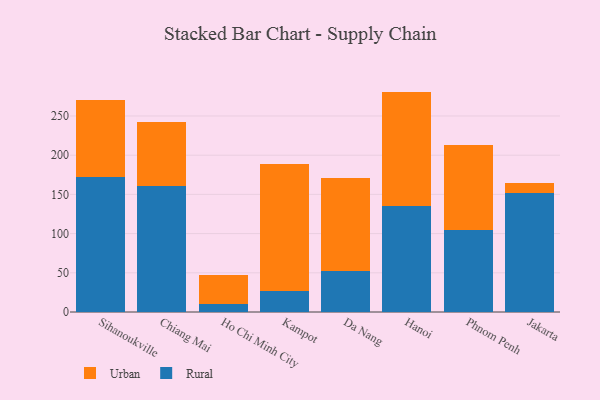
{"axis": {"x": "City", "y": "Waste Production (Tons)"}, "legend": ["Rural", "Urban"], "data": [{"x": "Sihanoukville", "y": 172.6, "type": "Rural"}, {"x": "Sihanoukville", "y": 98.3, "type": "Urban"}, {"x": "Chiang Mai", "y": 161.1, "type": "Rural"}, {"x": "Chiang Mai", "y": 81.5, "type": "Urban"}, {"x": "Ho Chi Minh City", "y": 10.8, "type": "Rural"}, {"x": "Ho Chi Minh City", "y": 36.6, "type": "Urban"}, {"x": "Kampot", "y": 26.8, "type": "Rural"}, {"x": "Kampot", "y": 162.5, "type": "Urban"}, {"x": "Da Nang", "y": 52.7, "type": "Rural"}, {"x": "Da Nang", "y": 118.7, "type": "Urban"}, {"x": "Hanoi", "y": 135.3, "type": "Rural"}, {"x": "Hanoi", "y": 145.8, "type": "Urban"}, {"x": "Phnom Penh", "y": 104.6, "type": "Rural"}, {"x": "Phnom Penh", "y": 108.5, "type": "Urban"}, {"x": "Jakarta", "y": 152.3, "type": "Rural"}, {"x": "Jakarta", "y": 12.0, "type": "Urban"}]}